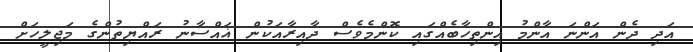
އަދި ދެން އަންނަ އާންމު އިންތިހާބެއްގައި ކޮންމެވެސް ދާއިރާއަކުން ޣައްސާނު ރައްޔިތުންގެ މަޖިލީހަށް